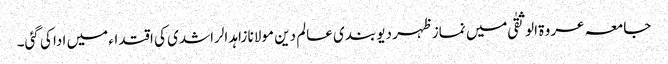
جامعہ عروۃ الوثقیٰ میں نماز ظہر دیو بندی عالم دین مولانا زاہد الراشدی کی اقتداء میں ادا کی گئی۔